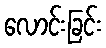
လောင်းခြင်း